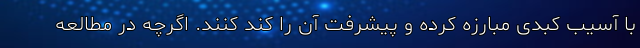
با آسیب کبدی مبارزه کرده و پیشرفت آن را کند کنند. اگرچه در مطالعه